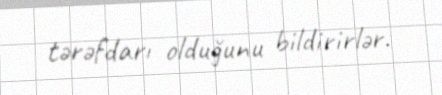
tərəfdarı olduğunu bildirirlər.